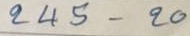
245 - 20